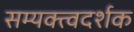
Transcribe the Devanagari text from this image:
सम्यक्त्वदर्शक